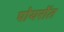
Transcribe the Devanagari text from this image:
पोयरोंत